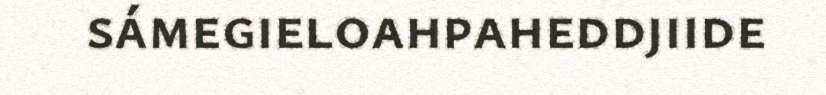
sámegieloahpaheddjiide